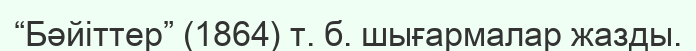
“Бәйіттер” (1864) т. б. шығармалар жазды.